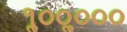
૧ૢ૦૦ૢ૦૦૦